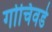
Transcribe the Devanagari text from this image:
गोचिवडे